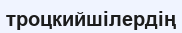
троцкийшілердің